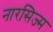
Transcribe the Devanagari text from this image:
नारसिज्म